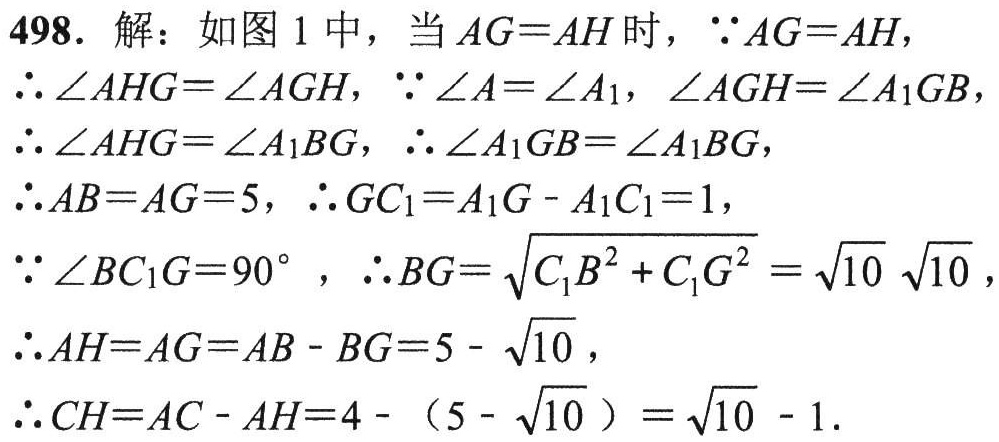
498. 解：如图 1 中，当 \(AG = AH\) 时，\(\because AG = AH\)，
\(\therefore \angle AHG=\angle AGH\)，\(\because \angle A=\angle A_{1}\)，\(\angle AGH=\angle A_{1}GB\)，
\(\therefore \angle AHG=\angle A_{1}BG\)，\(\therefore \angle A_{1}GB=\angle A_{1}BG\)，
\(\therefore AB = AG = 5\)，\(\therefore GC_{1}=A_{1}G - A_{1}C_{1}=1\)，
\(\because \angle BC_{1}G = 90^{\circ}\) ，\(\therefore BG=\sqrt{C_{1}B^{2}+C_{1}G^{2}}=\sqrt{10}\sqrt{10}\)，
\(\therefore AH = AG = AB - BG = 5 - \sqrt{10}\)，
\(\therefore CH = AC - AH = 4 - (5 - \sqrt{10})=\sqrt{10}-1\).